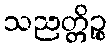
သညတ္တိဉ္စ